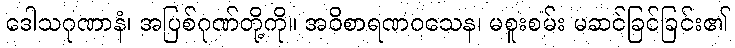
ဒေါသဂုဏာနံ၊ အပြစ်ဂုဏ်တို့ကို။ အဝိစာရဏဝသေန၊ မစူးစမ်း မဆင်ခြင်ခြင်း၏